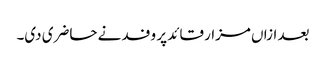
بعد ازاں مزار قائد پر وفد نے حاضری دی۔